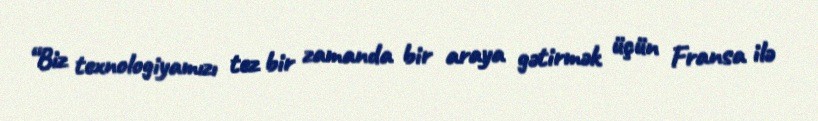
“Biz texnologiyamızı tez bir zamanda bir araya gətirmək üçün Fransa ilə